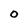
Character: O